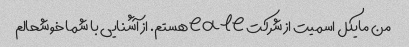
من مایکل اسمیت از شرکت eale هستم. از آشنایی با شما خوشحالم